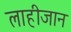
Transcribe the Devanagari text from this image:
लाहीजान